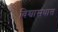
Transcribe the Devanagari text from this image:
विश्वासधात्त